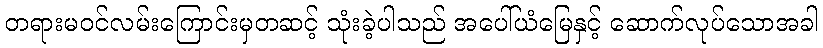
တရားမဝင်လမ်းကြောင်းမှတဆင့် သုံးခဲ့ပါသည် အပေါ်ယံမြေနှင့် ဆောက်လုပ်သောအခါ